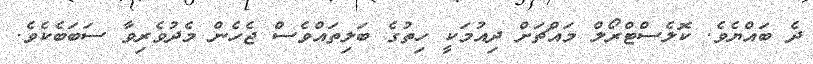
ދެ ބައްޔެވެ. ކޮލެސްޓްރޯލް މައްޗަށް ދިއުމަކީ ހިތުގެ ބަލިތައްވެސް ޖެހެން މެދުވެރިވާ ސަބަބެކެވެ.